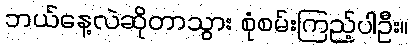
ဘယ်နေ့လဲဆိုတာသွား စုံစမ်းကြည့်ပါဦး။